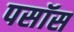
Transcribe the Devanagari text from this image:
पसॉस